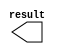
module constant_cal_y (
	result);

	output	[9:0]  result;

endmodule